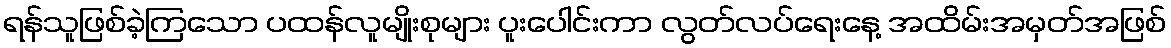
ရန်သူဖြစ်ခဲ့ကြသော ပထန်လူမျိုးစုများ ပူးပေါင်းကာ လွတ်လပ်ရေးနေ့ အထိမ်းအမှတ်အဖြစ်